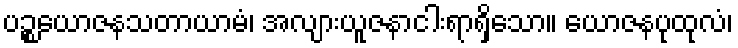
ပဉ္စယောဇနသတာယာမံ၊ အလျားယူဇနာငါးရာရှိသော။ ယောဇနပုထုလံ၊